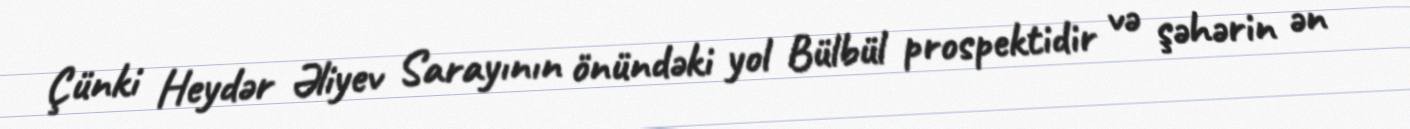
Çünki Heydər Əliyev Sarayının önündəki yol Bülbül prospektidir və şəhərin ən